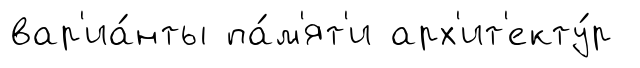
вар'иа́нты па́м'ят'и арх'ит'екту́р